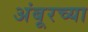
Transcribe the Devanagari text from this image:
अंबूरच्या